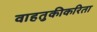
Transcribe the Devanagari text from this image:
वाहतुकीकरिता